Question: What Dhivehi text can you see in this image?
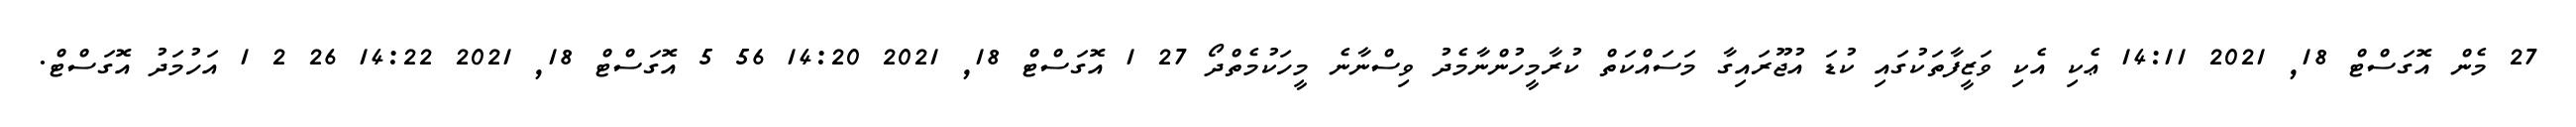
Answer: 27 މެން އޮގަސްޓް 18, 2021 14:11 ޢެކި އެކި ވަޒީފާތަކުގައި ކުޑަ އުޖޫރައިގާ މަސައްކަތް ކުރާމީހުންނާމެދު ވިސްނާނެ މީހަކުމެތްދޯ 27 1 އޮގަސްޓް 18, 2021 14:20 56 5 އޮގަސްޓް 18, 2021 14:22 26 2 1 އަހުމަދު އޮގަސްޓް.